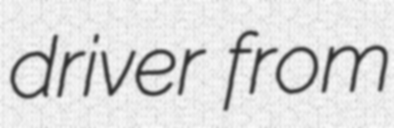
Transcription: driver from